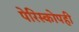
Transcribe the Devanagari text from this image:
पेरिस्कोपही